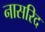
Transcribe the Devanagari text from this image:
नासरिद